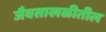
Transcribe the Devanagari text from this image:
जैवसाखळीतील